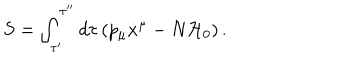
S = \int _ { \tau ^ { \prime } } ^ { \tau ^ { \prime \prime } } d \tau \left( p _ { \mu } \dot { x } ^ { \mu } - N { \cal H } _ { 0 } \right) .